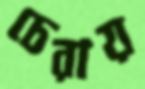
চেরায়